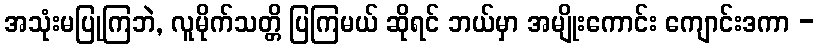
အသုံးမပြုကြဘဲ, လူမိုက်သတ္တိ ပြကြမယ် ဆိုရင် ဘယ်မှာ အမျိုးကောင်း ကျောင်းဒကာ -